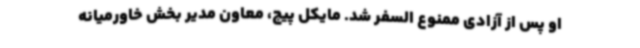
او پس از آزادی‌ ممنوع السفر شد. مایکل پیج، معاون مدیر بخش خاورمیانه